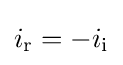
i_{\mathrm {r} }=-i_{\mathrm {i} }\,\!